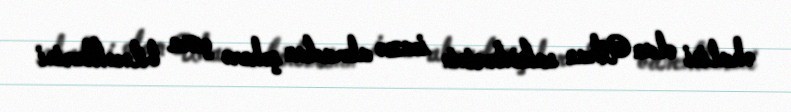
əhalisi olan Uhan sakinlərinin icazə almadan şəhərə çıxa biləcəklərini